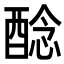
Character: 𨡎